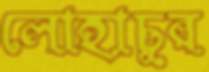
লোহাচুর